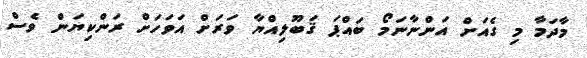
މާދަމާ މި ގެއަށް އަންނާނަމޯ ބައްޕަ ޤަބޫލިއްޔާ ވަރަށް އަވަހަށް ރަންކިޔަން ވެސް